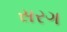
સરગ